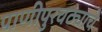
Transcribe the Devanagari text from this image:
पाणीपुरवठ्याचे